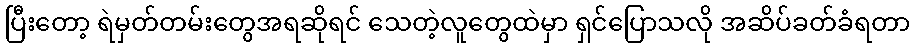
ပြီးတော့ ရဲမှတ်တမ်းတွေအရဆိုရင် သေတဲ့လူတွေထဲမှာ ရှင်ပြောသလို အဆိပ်ခတ်ခံရတာ